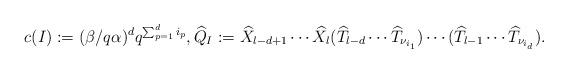
LaTeX: \begin{align*}c(I):=(\beta/q \alpha)^{d}q^{\sum_{p=1}^{d}i_{p}}, \widehat{Q}_{I}:=\widehat{X}_{l-d+1}\cdots \widehat{X}_{l}(\widehat{T}_{l-d}\cdots \widehat{T}_{\nu_{i_{1}}})\cdots (\widehat{T}_{l-1}\cdots \widehat{T}_{\nu_{i_{d}}}). \end{align*}